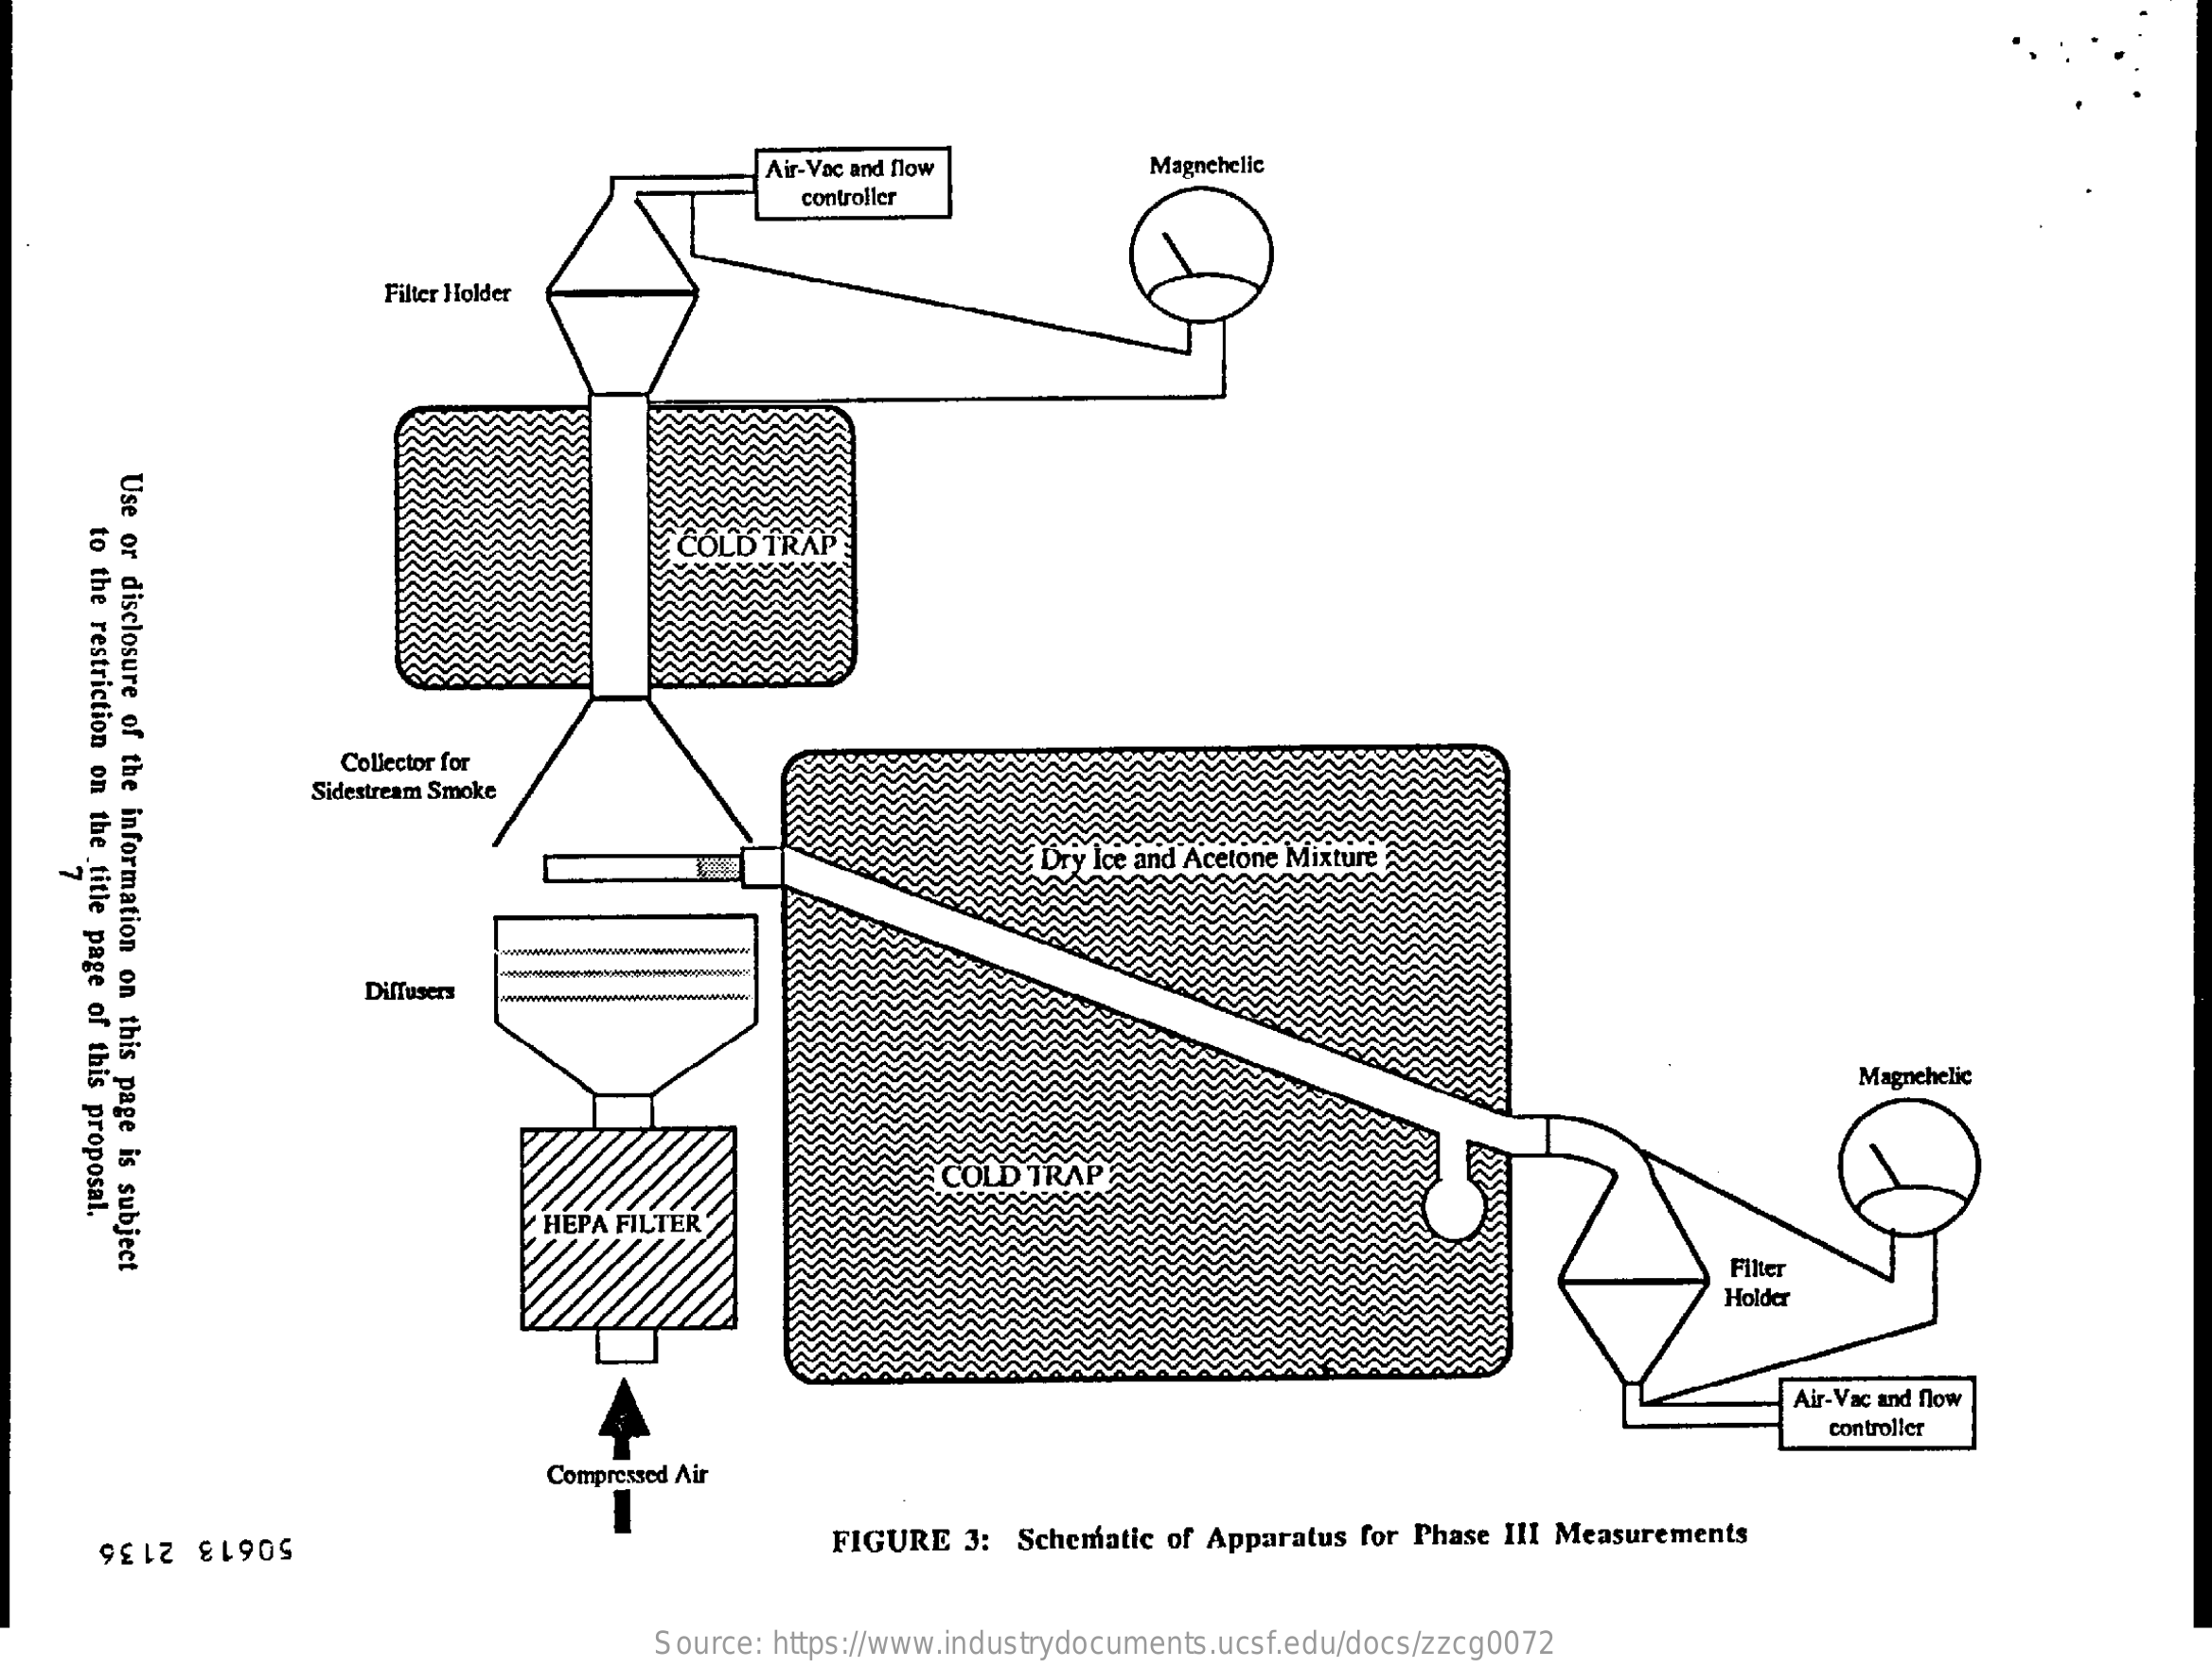
Air-Vac and flow Magnchelic
     controller
     Filter Holder
     Use
     or
     disclosure
     of
     the
     information
     on
     this
     page
     is
    subject
    to
    the
    restriction
    on
   the
   title
   page
   of
   this
   proposal.
     Collector for
     Sidestream Smoke
     Dry Ice and Acetone Mixture
   7
     Diffusers
     Magnehelic
     COLD TRAP
     HEPA FILTER
     Filter
     Holder
     Air- Vac and flow
     controller
     Compressed Air
     FIGURE 3: Schematic of Apparatus for Phase III Measurements 50613 2136
     Source: https://www.industrydocuments.ucsf.edu/docs/zzcg0072